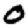
Digit: 0